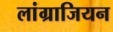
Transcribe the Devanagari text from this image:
लांग्राजियन